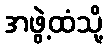
အဖွဲ့ထံသို့